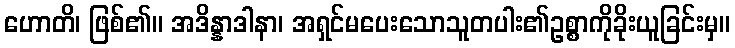
ဟောတိ၊ ဖြစ်၏။ အဒိန္နာဒါနာ၊ အရှင်မပေးသောသူတပါး၏ဥစ္စာကိုခိုးယူခြင်းမှ။